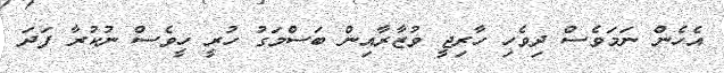
އެހެން ނަމަވެސް ދިވެހި ހާރިޖީ ވުޒާރާއިން ބަސްމަގު ހުރީ ހީވެސް ނުކުރާ ފަދަ